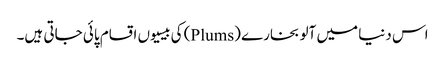
اس دنیا میں آلو بخارے (Plums) کی بیسیوں اقسام پائی جاتی ہیں۔